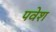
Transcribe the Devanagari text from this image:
पवेश